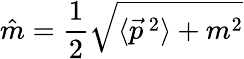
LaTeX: \hat{m}=\frac{1}{2}{\sqrt{\langle\vec{p}\, {}^{2}\rangle+m^{2}}}